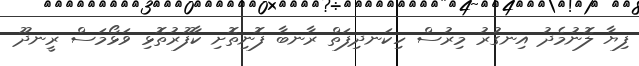
ފިޔާ ލޮނުމެދު އިނގުރު މިރުސް ހިކަނދިފަތް ރާނބާ ފޮނިތޮށި ކާފޫރުތޮޅި ވަޅޯމަސް ރީނދޫ